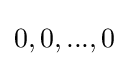
0,0,...,0